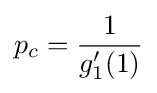
p_{c}={\frac {1}{g_{1}'(1)}}